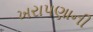
ખરાપણાની